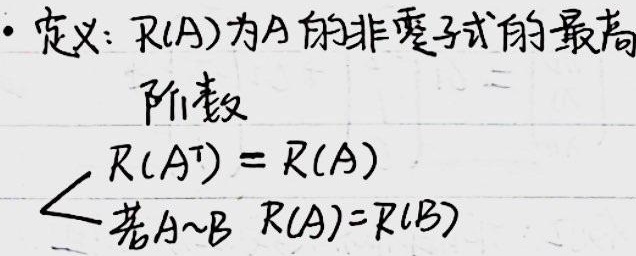
· 定义：\(R(A)\)为\(A\)的非零子式的最高阶数。
\[
\begin{cases}
R(A^{T}) = R(A)\\
\text{若}A\sim B\text{，} R(A)=R(B)
\end{cases}
\]